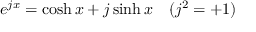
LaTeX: e ^ { j x } = \cosh x + j \sinh x \quad ( j ^ { 2 } = + 1 )